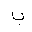
Letter: _ba